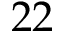
2 2